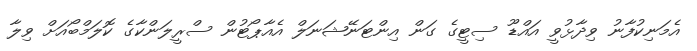
އެމަނިކުފާނު ވިދާޅުވީ އައްޑޫ ސިޓީގެ ގަން އިންޓަނޭޝަނަލް އެއާޕޯޓުން ސްރީލަންކާގެ ކޮލަމްބޯއަށް ވިލާ